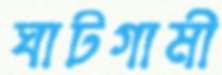
ঘাটগামী